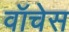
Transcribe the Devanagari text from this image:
वॉचेस